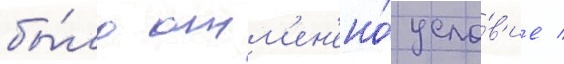
бы́ло отм'ен'ено́ усло́в'ие /